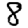
Digit: 8